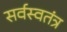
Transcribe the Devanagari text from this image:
सर्वस्वतंत्र